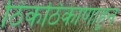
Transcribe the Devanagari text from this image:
ठिकठिकाणाहून